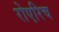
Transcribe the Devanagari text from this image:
रोएरिच